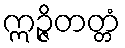
ဣဉ္ဇိတတ္တံ